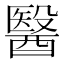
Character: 醫